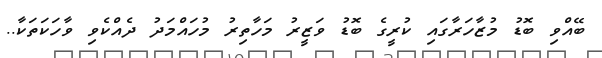
ބޭއްވި ބޮޑު މުޒާހަރާގައި ކުރީގެ ބޮޑު ވަޒީރު މަހާތިރު މުހައްމަދު ދެއްކެވި ވާހަކަތަކާ..